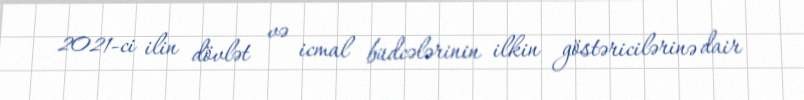
2021-ci ilin dövlət və icmal büdcələrinin ilkin göstəricilərinə dair